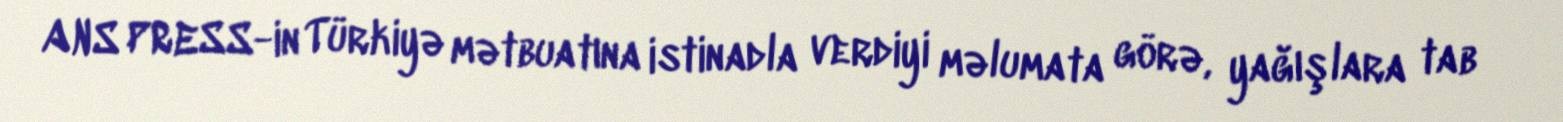
ANS PRESS-in Türkiyə mətbuatına istinadla verdiyi məlumata görə, yağışlara tab